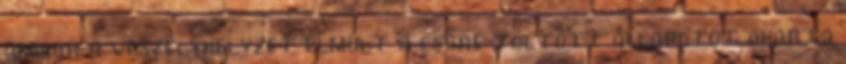
amikor a veszélyhelyzet elmúlt a csőre töltött állapotot akarta